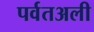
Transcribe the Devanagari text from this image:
पर्वतअली